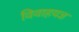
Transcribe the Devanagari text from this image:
विवाहयज्ञ